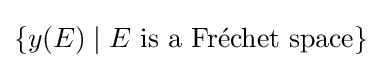
\{y(E)\mid E{\text{ is a Fréchet space}}\}